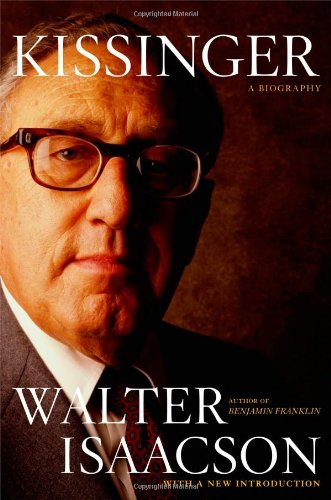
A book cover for Kissinger: A Biography; Walter Isaacson; Biographies & Memoirs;